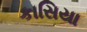
કાસિયા